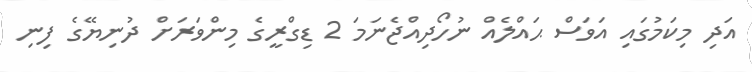
އަދި މިކަމުގައި އަވަސް ޙައްލެއް ނުހޯދިއްޖެނަމަ 2 ޑިގްރީގެ މިންވަރަށް ދުނިޔޭގެ ފިނި